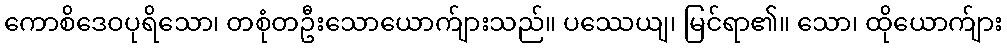
ကောစိဒေဝပုရိသော၊ တစုံတဦးသောယောက်ျားသည်။ ပဿေယျ၊ မြင်ရာ၏။ သော၊ ထိုယောက်ျား